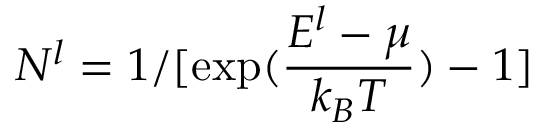
N _ { } ^ { l } = 1 / [ \exp ( \frac { E ^ { l } - \mu } { k _ { B } T } ) - 1 ]